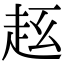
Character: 𧺦